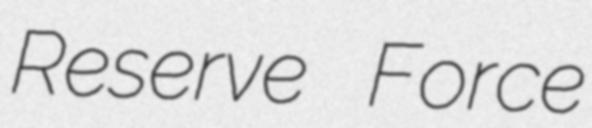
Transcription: Reserve Force